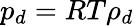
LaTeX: p_{d}=RT\rho_{d}